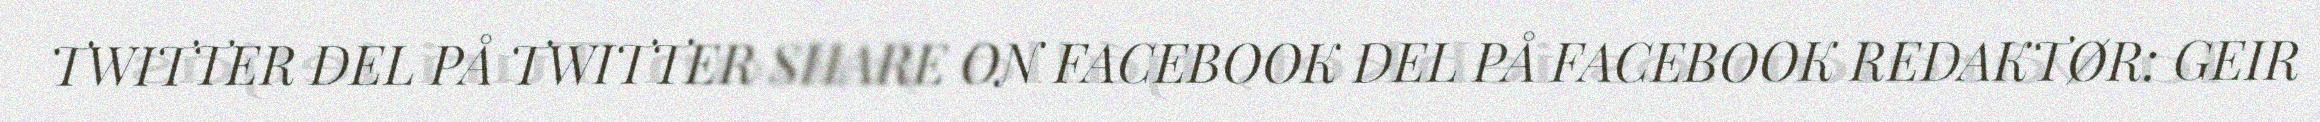
TWITTER DEL PÅ TWITTER SHARE ON FACEBOOK DEL PÅ FACEBOOK REDAKTØR: GEIR